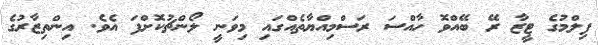
ފިލްމުގެ ޓީޒާ ރޭ ބޭއްވޮ ހާއްސަ ރަސްމިއްޔާތެއްގައި މިވަނީ ލޯންޗުކޮށްފަ އެވެ. އިންތިޒާރުގެ